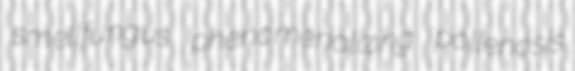
smellfungus phenomenalizing pollenosis